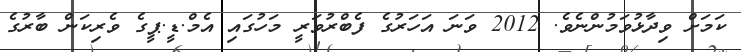
ކަމަށް ވިދާޅުވަމުންނެވެ. 2012 ވަނަ އަހަރުގެ ފެބްރުވަރީ މަހުގައި އެމް.ޑީ.ޕީގެ ވެރިކަން ބާރުގެ